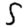
Digit: 5